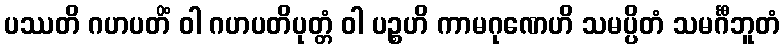
ပဿတိ ဂဟပတိံ ဝါ ဂဟပတိပုတ္တံ ဝါ ပဉ္စဟိ ကာမဂုဏေဟိ သမပ္ပိတံ သမင်္ဂီဘူတံ